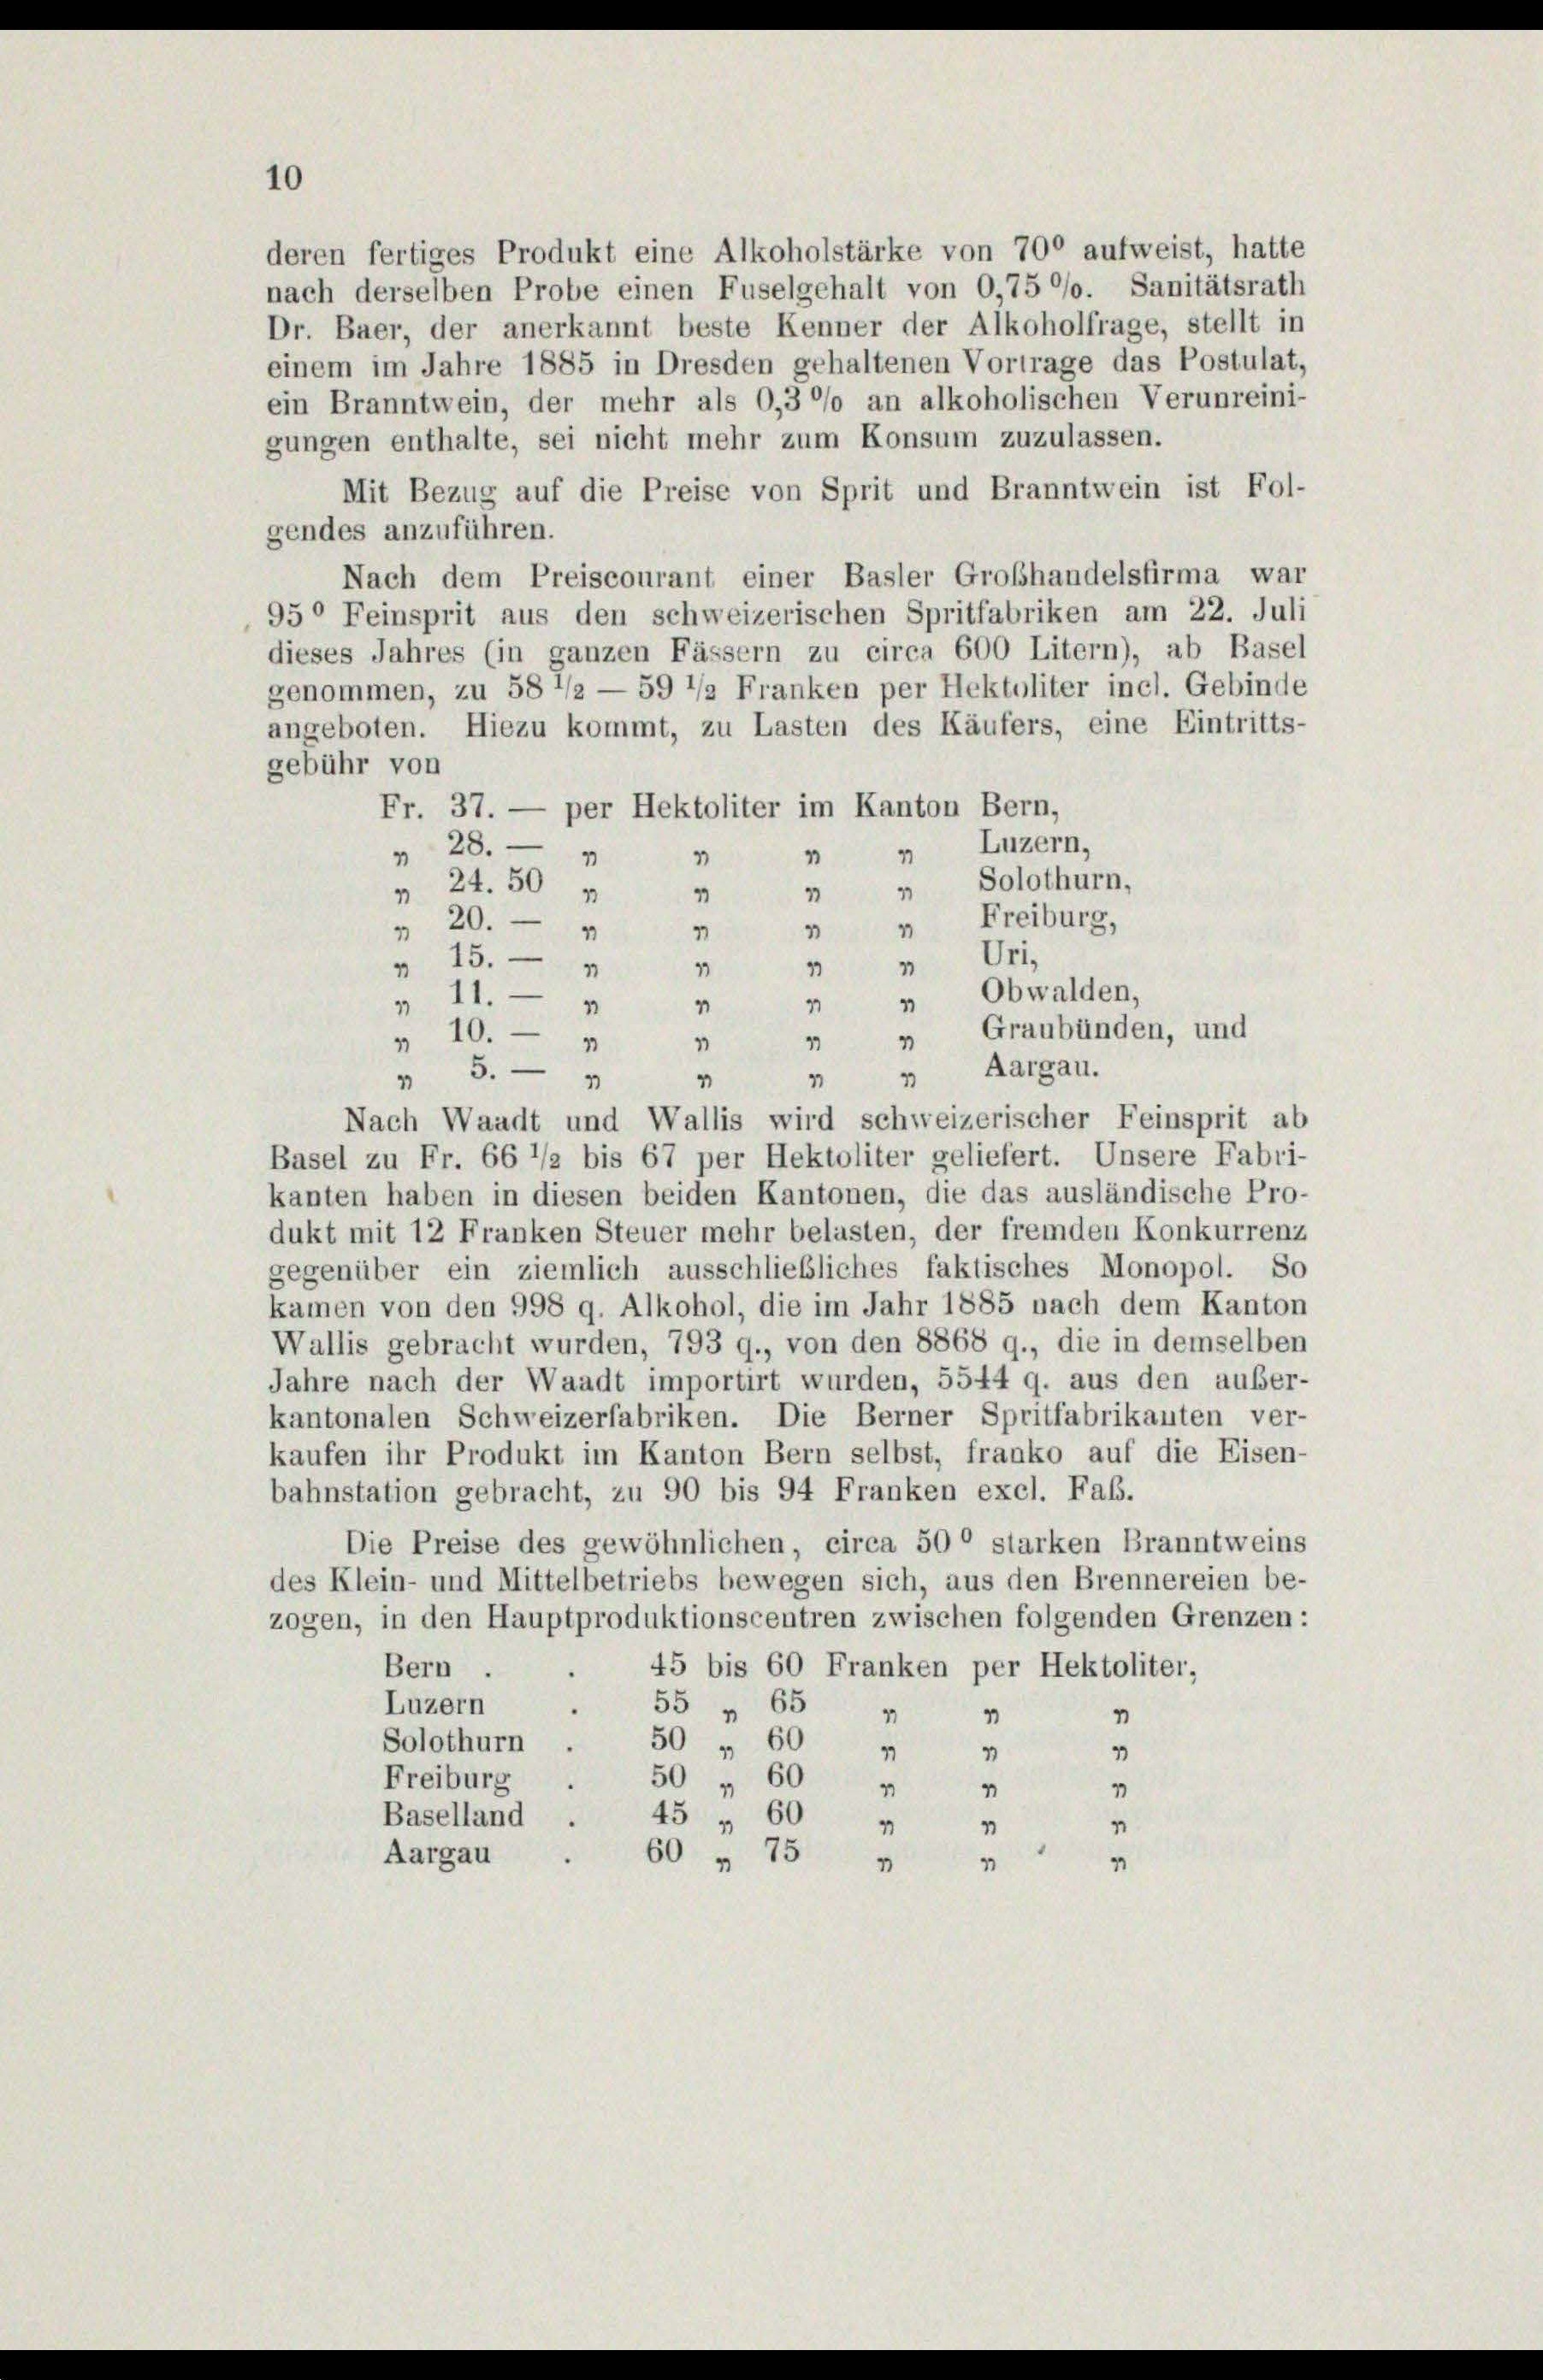
deren fertiges Produkt eine Alkoholstärke von 700 aufweist, hatte
nach derselben Probe einen Fuselgehalt von 0,75 °/o. Sanitätsrath
Dr. Baer, der anerkannt beste Kenner der Alkoholfrage, stellt in
einem im Jahre 1885 in Dresden gehaltenen Vortrage das Postulat,
ein Branntwein, der mehr als 0,3°/o an alkoholischen Verunreini-

10

gungen enthalte, sei nicht mehr zum Konsum zuzulassen.
Mit Bezug auf die Preise von Sprit und Branntwein ist Fol-
gendes anzuführen.
Nach dem Preiscourant einer Basler Grobhandelsfirma war
95° Feinsprit aus den schweizerischen Spritfabriken am 22. Juli
dieses Jahres (in ganzen Fässern zu circa 600 Litern), ab Basel
genommen, zu 58 1/2 — 59 1/2 Franken per Hektoliter incl. Gebinde
angeboten. Hiezu kommt, zu Lasten des Käufers, eine Eintritts-
gebühr von
Fr. 37. — per Hektoliter im Kanton Bern,
Luzern,
28.
1
1
1
3
1
Solothurn,
24.50 "
4
4
1
Freiburg,
4
" 20.

" Uri,
15. —
4
1
Obwalden,
 11.
4
 Graubünden, und
10. —
1
1
1
» Aargau.
" 5.
1
1
4
Nach Waadt und Wallis wird schweizerischer Feinsprit ab
Basel zu Fr. 66 1/2 bis 67 per Hektoliter geliefert. Unsere Fabri-
kanten haben in diesen beiden Kantonen, die das ausländische Pro-
dukt mit 12 Franken Steuer mehr belasten, der fremden Konkurrenz
gegenüber ein ziemlich ausschließliches faktisches Monopol. So
kamen von den 998 q. Alkohol, die im Jahr 1885 nach dem Kanton
Wallis gebracht wurden, 793 q., von den 8868 q., die in demselben
Jahre nach der Waadt importirt wurden, 5544 9. aus den außer-
kantonalen Schweizerfabriken. Die Berner Spritfabrikanten ver-
kaufen ihr Produkt im Kanton Bern selbst, franko auf die Eisen-
bahnstation gebracht, zu 90 bis 94 Franken excl. Faß.
Die Preise des gewöhnlichen, circa 50° starken Branntweins
des Klein- und Mittelbetriebs bewegen sich, aus den Brennereien be-
zogen, in den Hauptproduktionscentren zwischen folgenden Grenzen:
45 bis 60 Franken per Hektoliter,
Bern .
Luzern
55 " 65 " "
n
Solothurn
50 " 60 " "
1
Freiburg
50 „ 60 u
1
4
45 " 60 " "
Baselland
60 „ 75
Aargau
4
4
"